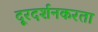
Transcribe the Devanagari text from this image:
दूरदर्शनकरता